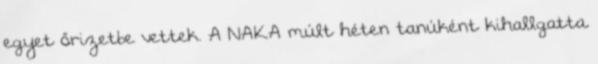
egyet őrizetbe vettek. A NAKA múlt héten tanúként kihallgatta